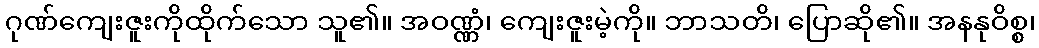
ဂုဏ်ကျေးဇူးကိုထိုက်သော သူ၏။ အဝဏ္ဏံ၊ ကျေးဇူးမဲ့ကို။ ဘာသတိ၊ ပြောဆို၏။ အနနုဝိစ္စ၊